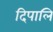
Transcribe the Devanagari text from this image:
दिपालि